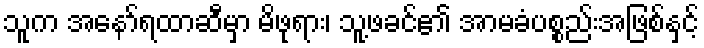
သူက အနော်ရထာဆီမှာ မိဖုရား၊ သူ့ဖခင်၏ အာမခံပစ္စည်းအဖြစ်နှင့်